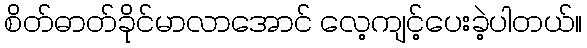
စိတ်ဓာတ်ခိုင်မာလာအောင် လေ့ကျင့်ပေးခဲ့ပါတယ်။